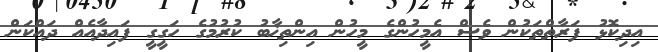
އިދިކޮޅު ފަރާތްތަކުން ވެސް އެމީހުންގެ މީހުން އިންތިޚާބު ކުރުމުގެ ހަގީގީ ފައިދާއެއް ދައްކަން